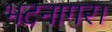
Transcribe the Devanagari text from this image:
भटनागर।